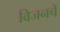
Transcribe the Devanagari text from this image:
विजनचे